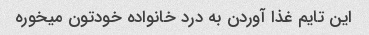
این تایم غذا آوردن به درد خانواده خودتون میخوره